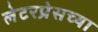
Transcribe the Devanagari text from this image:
लेटरप्रेसच्या